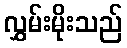
လွှမ်းမိုးသည်